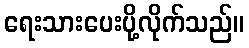
ရေးသားပေးပို့လိုက်သည်။